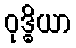
ဝုဒ္ဓိယာ